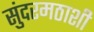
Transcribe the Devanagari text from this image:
सुंदरमठाशी